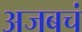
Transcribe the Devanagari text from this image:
अजबचं